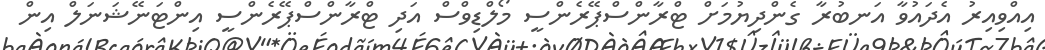
އިއްވިއިރު އެދައުވާ އަނބުރާ ގެންދިޔުމަށް ޓްރާންސްޕޭރެންސީ މޯލްޑިވްސް އަދި ޓްރާންސްޕޭރެންސީ އިންޓަނޭޝަނަލް އިން